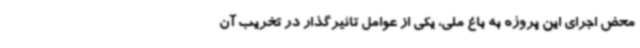
محض اجرای این پروژه به باغ ملی، یکی از عوامل تاثیرگذار در تخریب آن